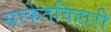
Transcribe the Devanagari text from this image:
साकेतविहारी